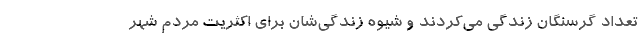
تعداد گرسنگان زندگی می‌کردند و شیوه زندگی‌شان برای اکثریت مردم شهر